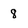
Character: 8